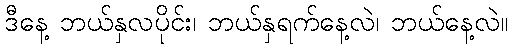
ဒီနေ့ ဘယ်နှလပိုင်း၊ ဘယ်နှရက်နေ့လဲ၊ ဘယ်နေ့လဲ။